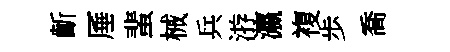
齗厜蜚械兵㳺瀛複歩喬